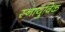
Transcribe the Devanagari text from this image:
स्नायुविक